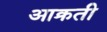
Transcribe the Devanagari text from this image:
आक्रती